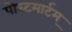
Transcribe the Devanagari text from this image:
पोस्टमार्टम्‌